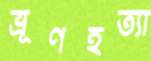
ভ্রূণহত্যা